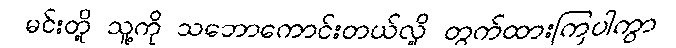
မင်းတို့ သူ့ကို သဘောကောင်းတယ်လို့ တွက်ထားကြပါကွာ